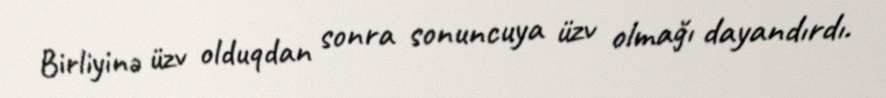
Birliyinə üzv olduqdan sonra sonuncuya üzv olmağı dayandırdı.